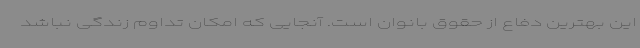
این بهترین دفاع از حقوق بانوان است. آنجایی که امکان تداوم زندگی نباشد